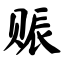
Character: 赈